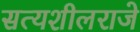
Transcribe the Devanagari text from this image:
सत्यशीलराजे